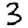
Digit: 3